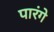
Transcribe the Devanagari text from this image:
पारंगे